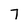
Character: 7